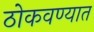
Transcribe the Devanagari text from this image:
ठोकवण्यात